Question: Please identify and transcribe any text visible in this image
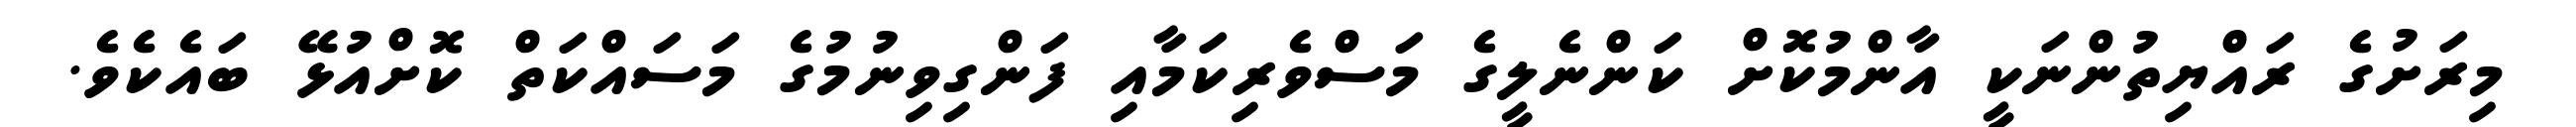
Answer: މިރަށުގެ ރައްޔިތުންނަކީ އާންމުކޮށް ކަންނެލީގެ މަސްވެރިކަމާއި ފަންގިވިނުމުގެ މަސައްކަތް ކޮށްއުޅޭ ބައެކެވެ.